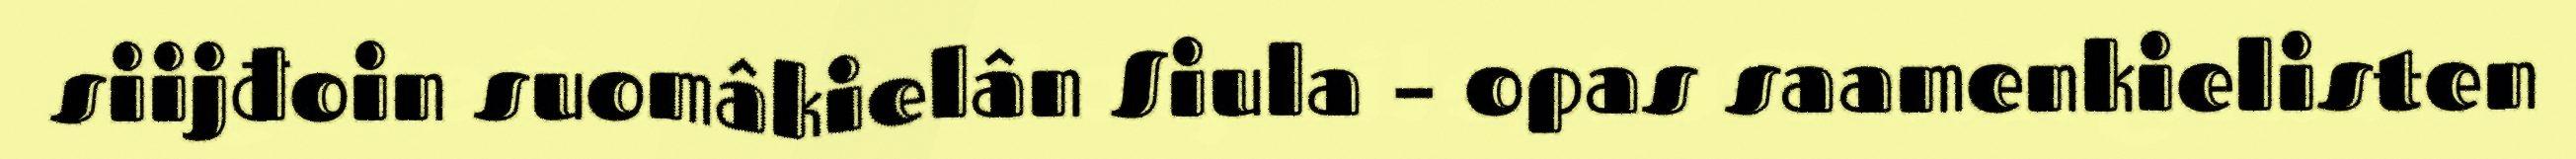
siijđoin suomâkielân Siula – opas saamenkielisten